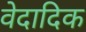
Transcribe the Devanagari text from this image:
वेदादिक